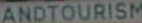
ANDTOURISM